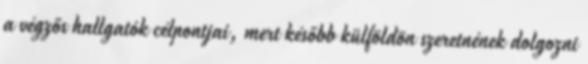
a végzős hallgatók célpontjai, mert később külföldön szeretnének dolgozni